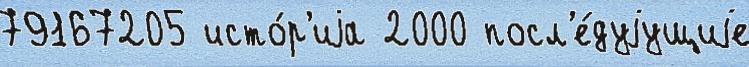
79167205 исто́р'иjа 2000 посл'е́дуjущиjе